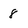
Character: 8